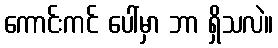
ကောင်းကင် ပေါ်မှာ ဘာ ရှိသလဲ။